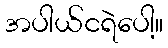
အပါယ်ငရဲပေါ့။